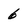
Character: 6